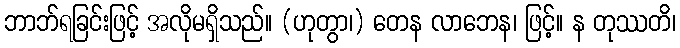
ဘာဘ်ရခြင်းဖြင့် အလိုမရှိသည်။ (ဟုတွာ၊) တေန လာဘေန၊ ဖြင့်။ န တုဿတိ၊